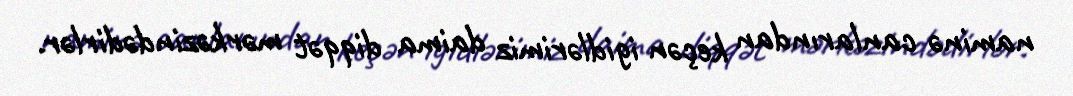
naminə canlarından keçən igidlərimiz daima diqqət mərkəzindədirlər.